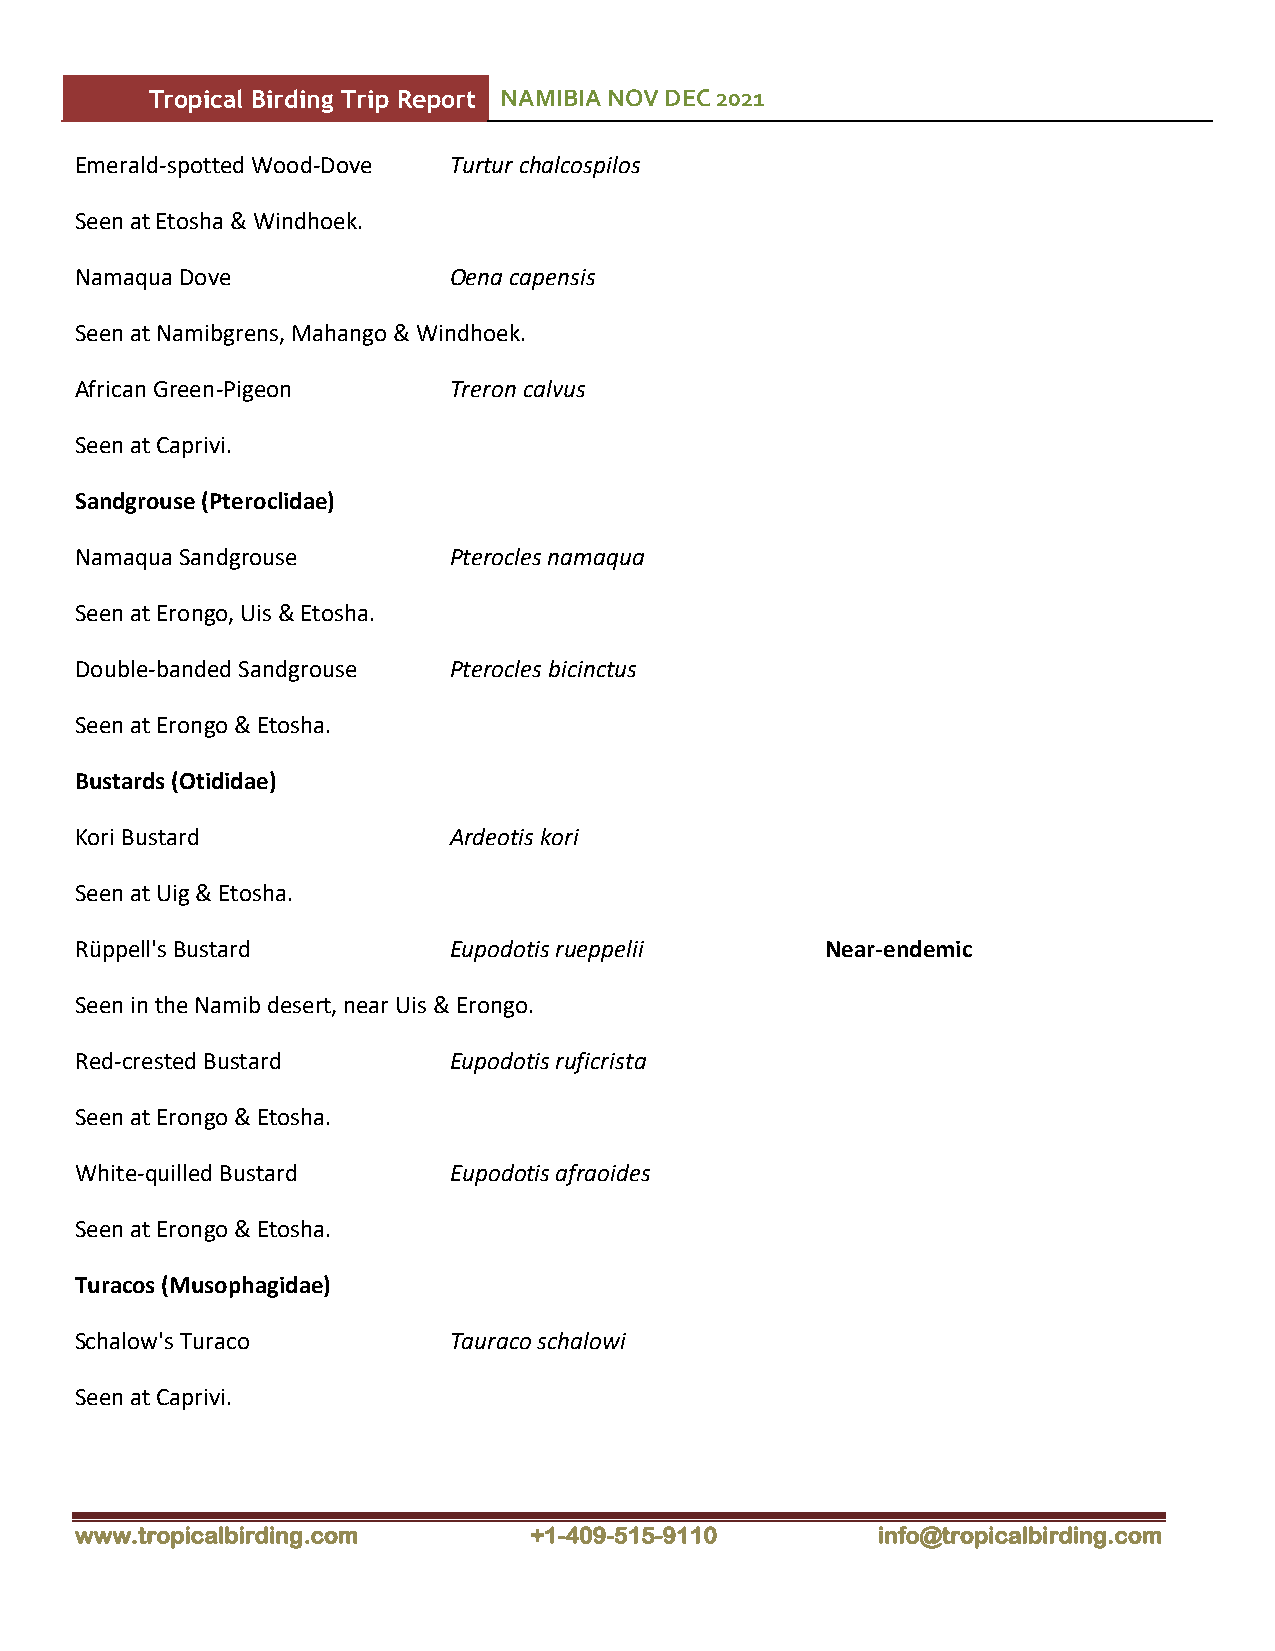
Tropical Birding Trip Report NAMIBIA NOV DEC 2021
 Emerald-spotted Wood-Dove Turtur chalcospilos
 Seen at Etosha & Windhoek.
 Namaqua Dove             Oena capensis
 Seen at Namibgrens, Mahango & Windhoek.
 African Green-Pigeon     Treron calvus
 Seen at Caprivi.
 Sandgrouse (Pteroclidae)
 Namaqua Sandgrouse       Pterocles namaqua
 Seen at Erongo, Uis & Etosha.
 Double-banded Sandgrouse Pterocles bicinctus
 Seen at Erongo & Etosha.
 Bustards (Otididae)
 Kori Bustard             Ardeotis kori
 Seen at Uig & Etosha.
 Rüppell's Bustard        Eupodotis rueppelii      Near-endemic
 Seen in the Namib desert, near Uis & Erongo.
 Red-crested Bustard      Eupodotis ruficrista
 Seen at Erongo & Etosha.
 White-quilled Bustard    Eupodotis afraoides
 Seen at Erongo & Etosha.
 Turacos (Musophagidae)
 Schalow's Turaco         Tauraco schalowi
 Seen at Caprivi.
 www.tropicalbirding.com       +1-409-515-9110        info@tropicalbirding.com